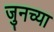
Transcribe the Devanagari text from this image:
जुनच्या